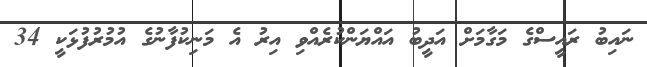
ނައިބު ރައީސްގެ މަގާމަށް އަދީބު އައްޔަންކުރެއްވި އިރު އެ މަނިކުފާނުގެ އުމުރުފުޅަކީ 34